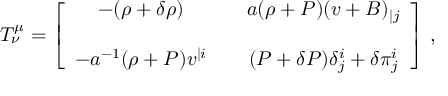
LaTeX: T _ { \nu } ^ { \mu } = \left[ \begin{array} { c c c } { { - ( \rho + \delta \rho ) } } & { { } } & { { a ( \rho + P ) ( v + B ) _ { | j } } } \\ { { } } & { { } } & { { } } \\ { { - a ^ { - 1 } ( \rho + P ) v ^ { | i } } } & { { } } & { { ( P + \delta P ) \delta _ { j } ^ { i } + \delta \pi _ { j } ^ { i } } } \end{array} \right] \, ,